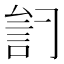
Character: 𲁦